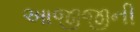
આજીજીની